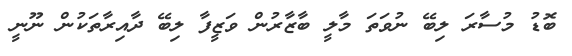
ބޮޑު މުސާރަ ލިބޭ ނުވަތަ މާލީ ބާޒާރުން ވަޒީފާ ލިބޭ ދާއިރާތަކުން ނޫނީ